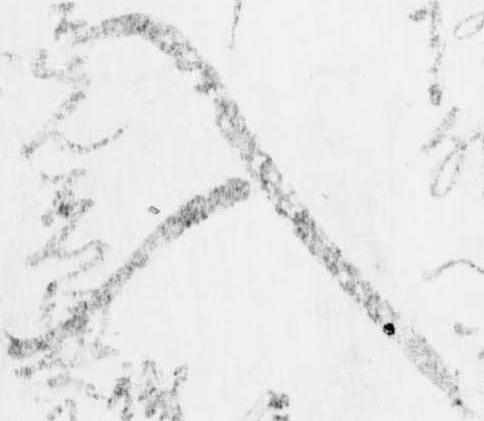
入